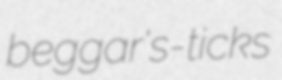
beggar's-ticks